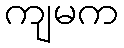
ကျမက